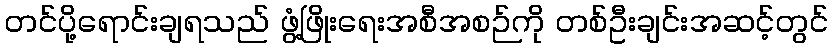
တင်ပို့ရောင်းချရသည် ဖွံ့ဖြိုးရေးအစီအစဉ်ကို တစ်ဦးချင်းအဆင့်တွင်